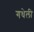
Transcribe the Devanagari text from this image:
गधेली